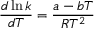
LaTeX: { \frac { d \ln k } { d T } } = { \frac { a - b T } { R T ^ { 2 } } }